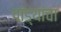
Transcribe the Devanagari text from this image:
पांड्यांचा